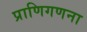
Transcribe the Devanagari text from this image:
प्राणिगणना